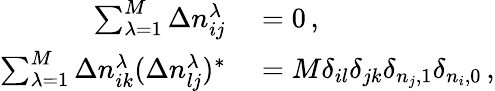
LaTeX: \begin{array}{rl}{\sum_{\lambda=1}^{M}\Delta n_{ij}^{\lambda}}&{{}=0\, ,}\\ {\sum_{\lambda=1}^{M}\Delta n_{ik}^{\lambda}(\Delta n_{lj}^{\lambda})^{*}}&{{}=M\delta_{il}\delta_{jk}\delta_{n_{j},1}\delta_{n_{i},0}\, ,}\end{array}